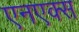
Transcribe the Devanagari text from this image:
एनएक्स